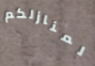
لمنازلكم